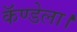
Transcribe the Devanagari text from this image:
कॅण्डेला।